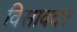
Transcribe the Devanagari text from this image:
विसावदर